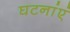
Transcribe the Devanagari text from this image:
घटनांएं